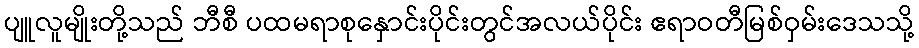
ပျူလူမျိုးတို့သည် ဘီစီ ပထမရာစုနှောင်းပိုင်းတွင်အလယ်ပိုင်း ဧရာဝတီမြစ်ဝှမ်းဒေသသို့